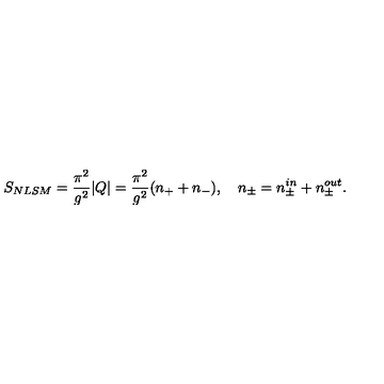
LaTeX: S _ { N L S M } = { \frac { \pi ^ { 2 } } { g ^ { 2 } } } | Q | = { \frac { \pi ^ { 2 } } { g ^ { 2 } } } ( n _ { + } + n _ { - } ) , \quad n _ { \pm } = n _ { \pm } ^ { i n } + n _ { \pm } ^ { o u t } .